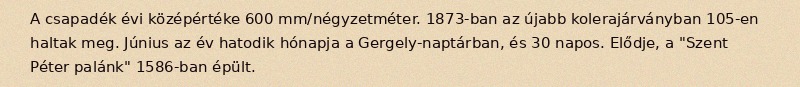
A csapadék évi középértéke 600 mm/négyzetméter. 1873-ban az újabb kolerajárványban 105-en haltak meg. Június az év hatodik hónapja a Gergely-naptárban, és 30 napos. Elődje, a "Szent Péter palánk" 1586-ban épült.